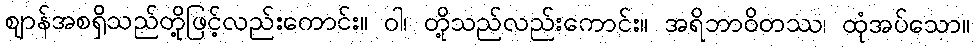
ဈာန်အစရှိသည်တို့ဖြင့်လည်းကောင်း။ ဝါ၊ တို့သည်လည်းကောင်း။ အရိဘာဝိတဿ၊ ထုံအပ်သော။